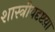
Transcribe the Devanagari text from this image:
शास्त्रीयदृष्टय़ा